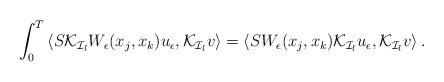
LaTeX: \begin{align*}\begin{aligned}\int_0^T\left<S\mathcal{K}_{\mathcal{I}_l}W_\epsilon(x_j,x_k)u_\epsilon,\mathcal{K}_{\mathcal{I}_l}v\right>=\left<SW_\epsilon(x_j,x_k)\mathcal{K}_{\mathcal{I}_l}u_\epsilon,\mathcal{K}_{\mathcal{I}_l}v\right>.\end{aligned}\end{align*}